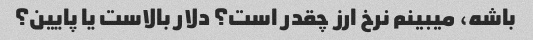
باشه، میبینم نرخ ارز چقدر است؟ دلار بالاست یا پایین؟